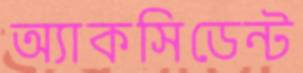
অ্যাকসিডেন্ট